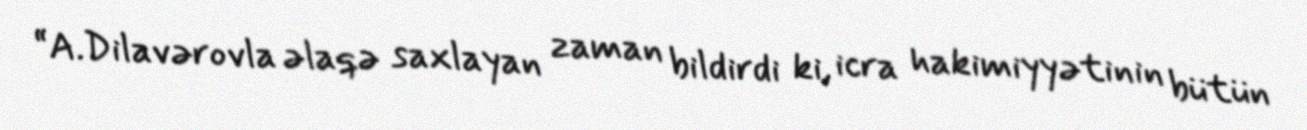
“A.Dilavərovla əlaqə saxlayan zaman bildirdi ki, icra hakimiyyətinin bütün